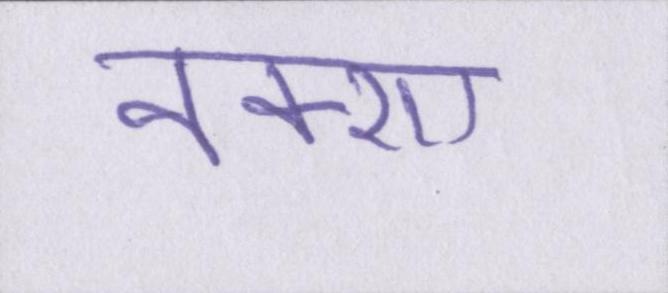
नक्शा